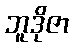
ဘူဒိုဇာ